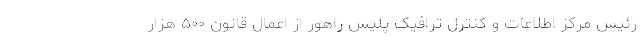
رئیس مرکز اطلاعات و کنترل ترافیک پلیس راهور از اعمال قانون ۵۰۰ هزار